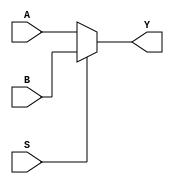
// This program was cloned from: https://github.com/Aurora2580/verilog
// License: MIT License

module MUX2_3B (A,B,S,Y);
    input [2:0] A,B;
    input S;
    output [2:0] Y;
    assign Y = (S)? B: A; 
endmodule